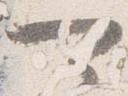
可